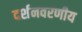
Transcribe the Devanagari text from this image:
दर्शनवरणीय